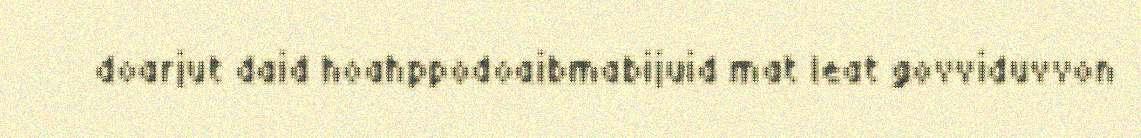
doarjut daid hoahppodoaibmabijuid mat leat govviduvvon